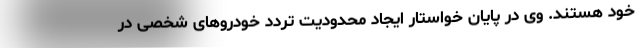
خود هستند. وی در پایان خواستار ایجاد محدودیت تردد خودروهای شخصی در